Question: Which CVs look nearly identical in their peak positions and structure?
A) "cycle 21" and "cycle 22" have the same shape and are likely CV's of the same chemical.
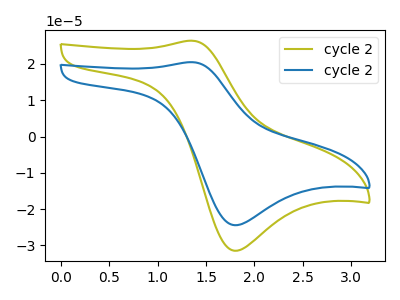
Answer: <think>The olive curve "cycle 21" has an anodic peak at (1.35V, 26.40uA) and a cathodic peak at (1.80V, -31.45uA). The blue curve "cycle 22" has an anodic peak at (1.35V, 20.50uA) and a cathodic peak at (1.80V, -24.45uA).
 All the peaks in "cycle 21" have a peak in "cycle 22" at the same potential. Every peak in "cycle 21" is higher than every peak in "cycle 22".</think>
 <answer>A) "cycle 21" and "cycle 22" have the same shape and are likely CV's of the same chemical.</answer>
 <eval>A</eval>